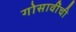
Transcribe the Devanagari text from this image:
गोसावींची